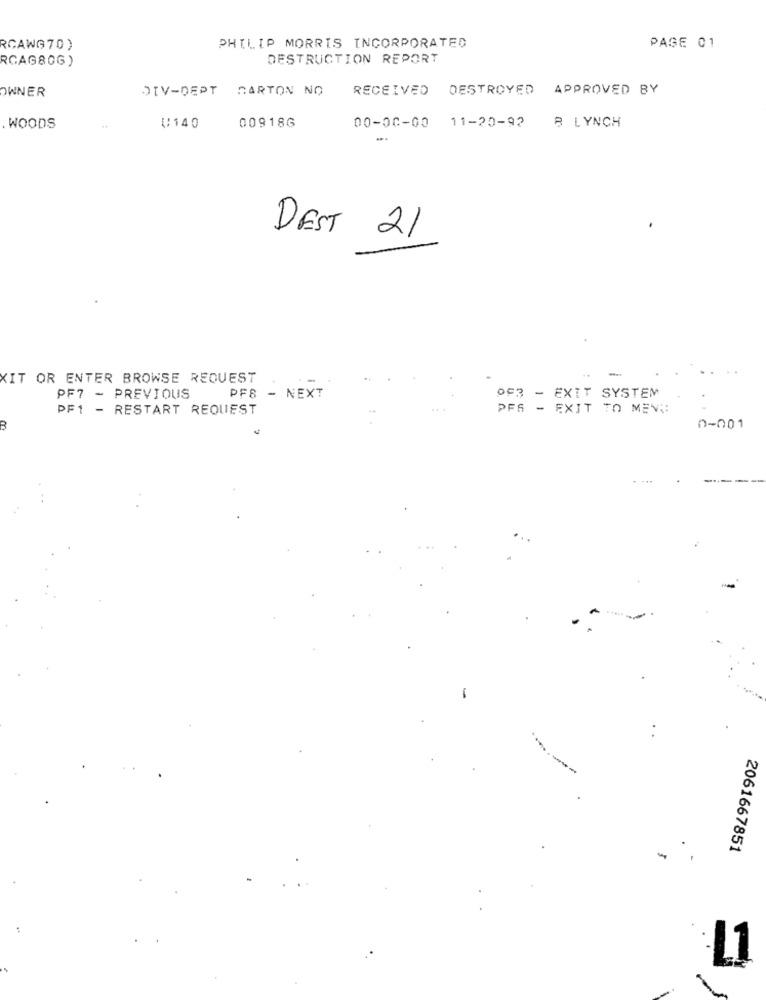
RCAWG70)
PHILIP MORRIS INCORPORATED
PAGE 01
RCAG80G)
DESTRUCTION REPORT
OWNER
DIV-DEPT CARTON NO
RECEIVED DESTROYED APPROVED BY
. WOODS
V/140
00918G
00-00-00 11-20-92 8 LYNCH
DEST 21
-
XIT OR ENTER BROWSE REQUEST
PF7 - PREVIOUS
PF8 - NEXT
- EXIT SYSTEM
PF1 - RESTART REQUEST
PFS
- EXIT TO MEV ::
0-001
2061667851
-
L1